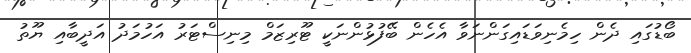
ބޯޑުގައި ދެން ހިމެނިވަޑައިގަންނަވާ އެހެން ބޭފުޅުންނަކީ ޓޫރިޒަމް މިނިސްޓަރު އަހުމަދު އަދީބާއި ޔޫތު